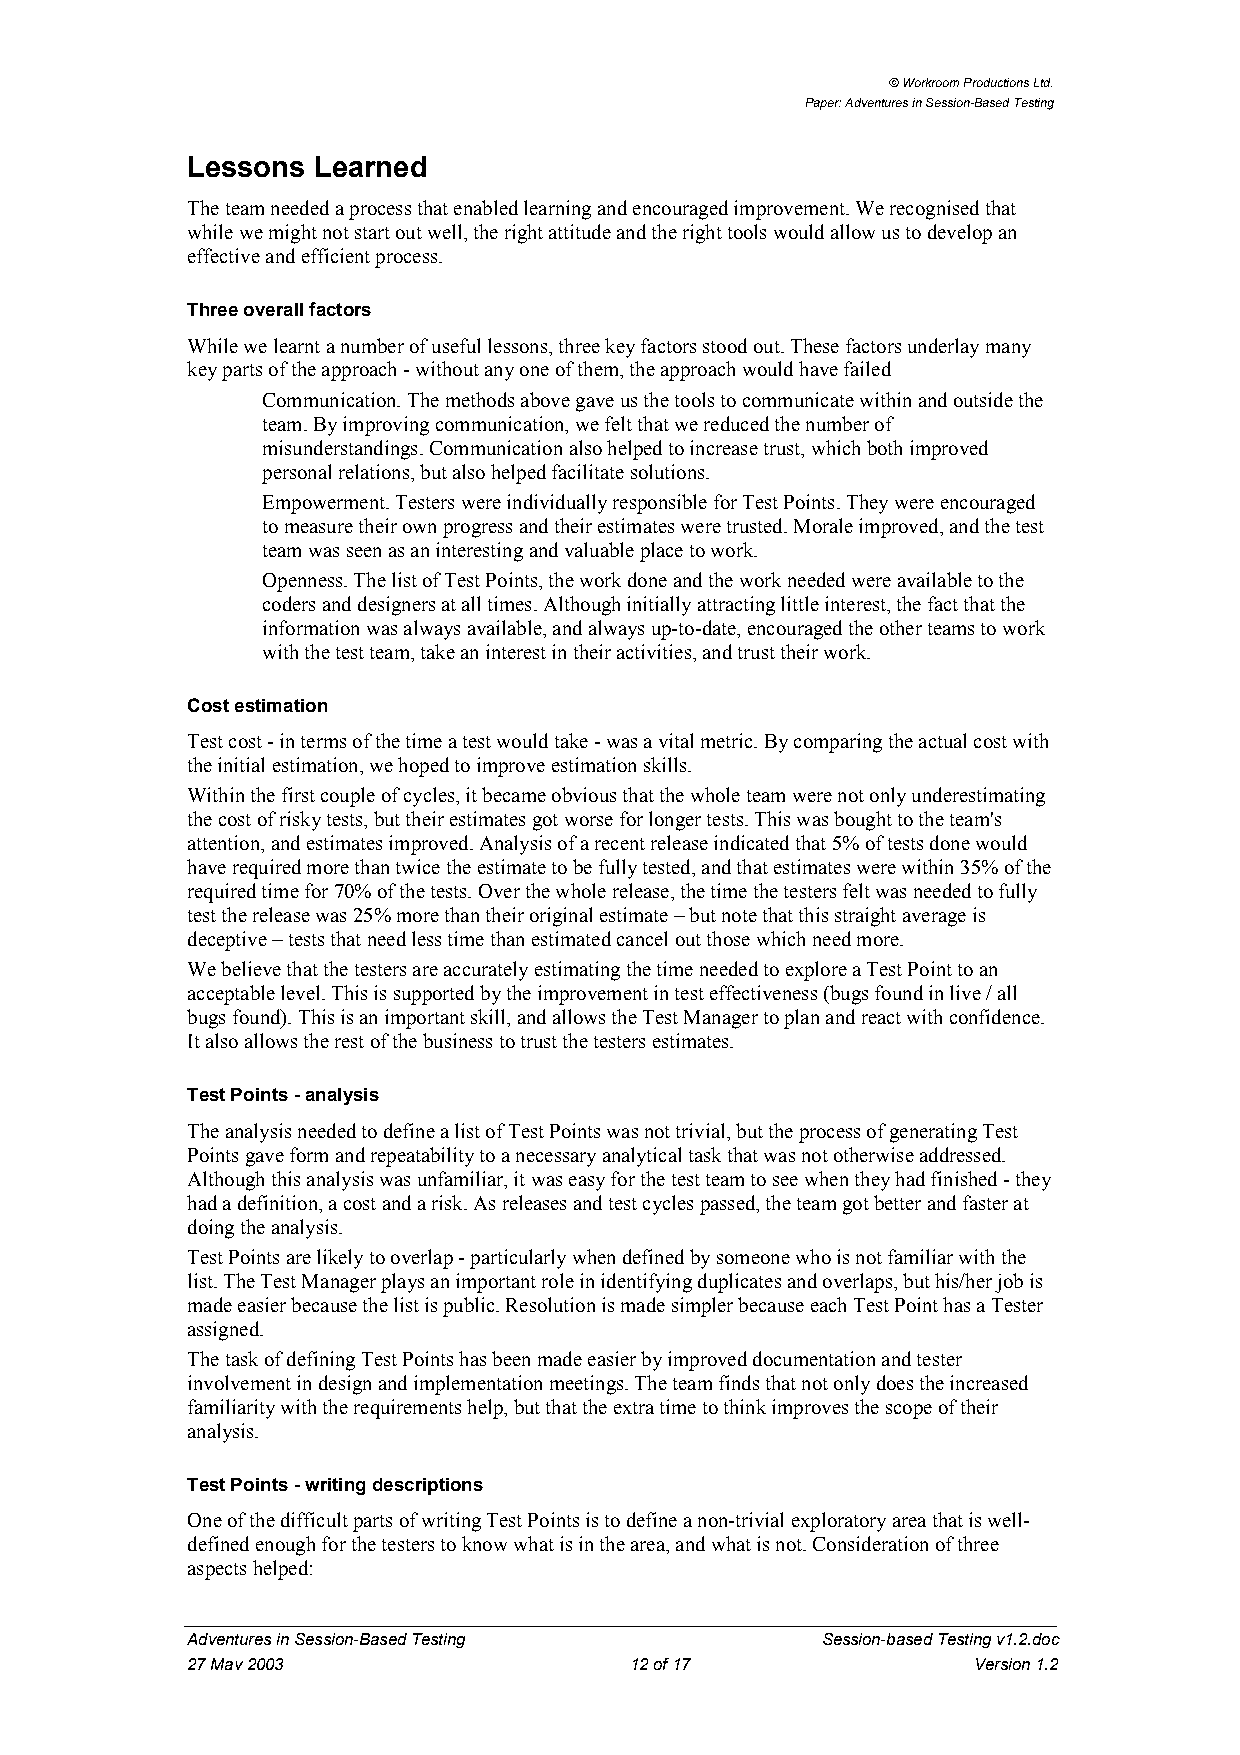
© Workroom Productions Ltd.
 Paper: Adventures in Session-Based Testing
 Lessons  Learned
 The team needed a process that enabled learning and encouraged improvement. We recognised that
 while we might not start out well, the right attitude and the right tools would allow us to develop an
 effective and efficient process.
 Three overall factors
 While we learnt a number of useful lessons, three key factors stood out. These factors underlay many
 key parts of the approach - without any one of them, the approach would have failed
 • Communication. The methods above gave us the tools to communicate within and outside the
 team. By improving communication, we felt that we reduced the number of
 misunderstandings. Communication also helped to increase trust, which both improved
 personal relations, but also helped facilitate solutions.
 • Empowerment. Testers were individually responsible for Test Points. They were encouraged
 to measure their own progress and their estimates were trusted. Morale improved, and the test
 team was seen as an interesting and valuable place to work.
 • Openness. The list of Test Points, the work done and the work needed were available to the
 coders and designers at all times. Although initially attracting little interest, the fact that the
 information was always available, and always up-to-date, encouraged the other teams to work
 with the test team, take an interest in their activities, and trust their work.
 Cost estimation
 Test cost - in terms of the time a test would take - was a vital metric. By comparing the actual cost with
 the initial estimation, we hoped to improve estimation skills.
 Within the first couple of cycles, it became obvious that the whole team were not only underestimating
 the cost of risky tests, but their estimates got worse for longer tests. This was bought to the team's
 attention, and estimates improved. Analysis of a recent release indicated that 5% of tests done would
 have required more than twice the estimate to be fully tested, and that estimates were within 35% of the
 required time for 70% of the tests. Over the whole release, the time the testers felt was needed to fully
 test the release was 25% more than their original estimate – but note that this straight average is
 deceptive – tests that need less time than estimated cancel out those which need more.
 We believe that the testers are accurately estimating the time needed to explore a Test Point to an
 acceptable level. This is supported by the improvement in test effectiveness (bugs found in live / all
 bugs found). This is an important skill, and allows the Test Manager to plan and react with confidence.
 It also allows the rest of the business to trust the testers estimates.
 Test Points - analysis
 The analysis needed to define a list of Test Points was not trivial, but the process of generating Test
 Points gave form and repeatability to a necessary analytical task that was not otherwise addressed.
 Although this analysis was unfamiliar, it was easy for the test team to see when they had finished - they
 had a definition, a cost and a risk. As releases and test cycles passed, the team got better and faster at
 doing the analysis.
 Test Points are likely to overlap - particularly when defined by someone who is not familiar with the
 list. The Test Manager plays an important role in identifying duplicates and overlaps, but his/her job is
 made easier because the list is public. Resolution is made simpler because each Test Point has a Tester
 assigned.
 The task of defining Test Points has been made easier by improved documentation and tester
 involvement in design and implementation meetings. The team finds that not only does the increased
 familiarity with the requirements help, but that the extra time to think improves the scope of their
 analysis.
 Test Points - writing descriptions
 One of the difficult parts of writing Test Points is to define a non-trivial exploratory area that is well-
 defined enough for the testers to know what is in the area, and what is not. Consideration of three
 aspects helped:
 Adventures in Session-Based Testing       Session-based Testing v1.2.doc
 27 May 2003                   12 of 17              Version 1.2